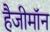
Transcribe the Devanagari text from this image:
हैजीमॉन